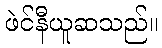
ဖဲင်နီယူဆသည်။